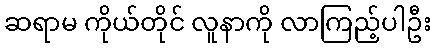
ဆရာမ ကိုယ်တိုင် လူနာကို လာကြည့်ပါဦး